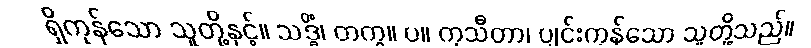
ရှိကုန်သော သူတို့နှင့်။ သဒ္ဓိံ၊ တကွ။ ပ။ ကုသီတာ၊ ပျင်းကုန်သော သူတို့သည်။